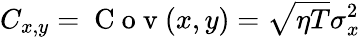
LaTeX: C_{x,y}=\mathrm{~C~o~v~}(x,y)=\sqrt{\eta T}\sigma_{x}^{2}